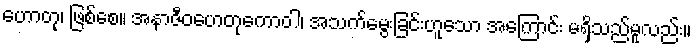
ဟောတု၊ ဖြစ်စေ။ အနာဇီဝဟေတုကောဝါ၊ အသက်မွေးခြင်းဟူသော အကြောင်း မရှိသည်မူလည်း။